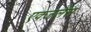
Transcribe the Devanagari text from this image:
एक्ज़लैंस